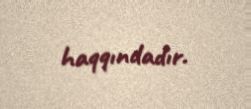
haqqındadır.